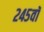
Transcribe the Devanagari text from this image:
२४५वॉ